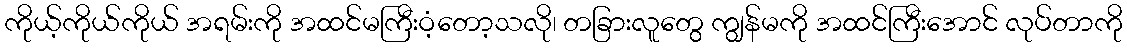
ကိုယ့်ကိုယ်ကိုယ် အရမ်းကို အထင်မကြီးဝံ့တော့သလို၊ တခြားလူတွေ ကျွန်မကို အထင်ကြီးအောင် လုပ်တာကို